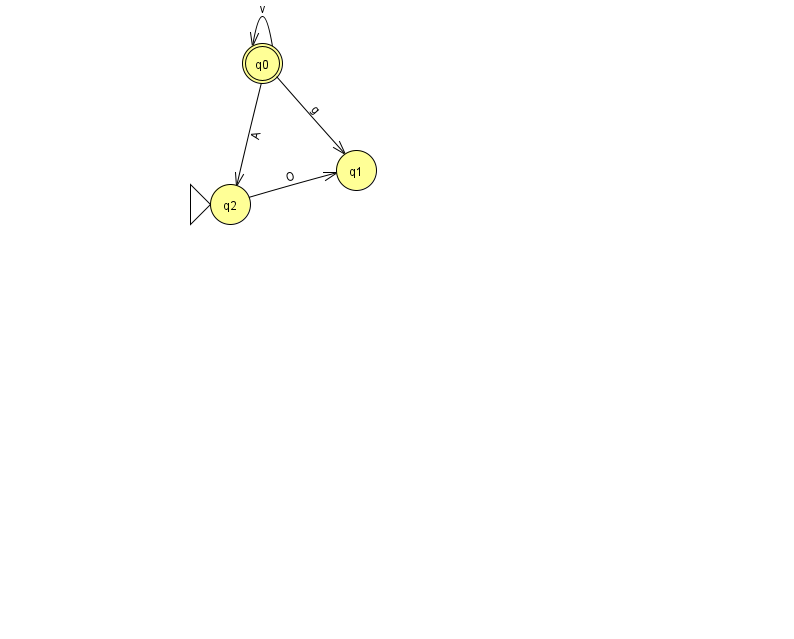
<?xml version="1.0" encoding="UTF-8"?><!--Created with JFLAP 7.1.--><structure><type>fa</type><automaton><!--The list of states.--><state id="0" name="q0"><x>262.0</x><y>50.0</y><final/></state><state id="1" name="q1"><x>356.0</x><y>157.0</y></state><state id="2" name="q2"><x>230.0</x><y>191.0</y><initial/></state><!--The list of transitions.--><transition><from>0</from><to>1</to><read>g</read></transition><transition><from>0</from><to>2</to><read>A</read></transition><transition><from>0</from><to>0</to><read>v</read></transition><transition><from>2</from><to>1</to><read>O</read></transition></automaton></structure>